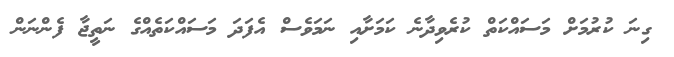
ގިނަ ކުރުމަށް މަސައްކަތް ކުރެވިދާނެ ކަމަށާއި ނަމަވެސް އެފަދަ މަސައްކަތެއްގެ ނަތީޖާ ފެންނަން